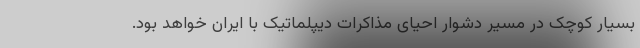
بسیار کوچک در مسیر دشوار احیای مذاکرات دیپلماتیک با ایران خواهد بود.